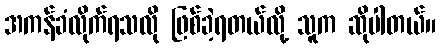
အကန်ခံလိုက်ရသလို ဖြစ်ခဲ့ရတယ်လို့ သူက ဆိုပါတယ်။